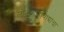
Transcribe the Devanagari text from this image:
लोकशाहीवाद्यांचा